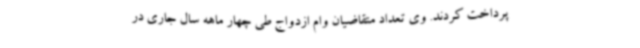
پرداخت کردند. وی تعداد متقاضیان وام ازدواج طی چهار ماهه سال جاری در